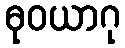
ဓုဝယာဂု